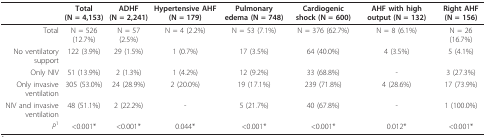
<table><thead><tr><td></td><td><b>Total (N = 4,153)</b></td><td><b>ADHF (N = 2,241)</b></td><td><b>Hypertensive AHF (N = 179)</b></td><td><b>Pulmonary edema (N = 748)</b></td><td><b>Cardiogenic shock (N = 600)</b></td><td><b>AHF with high output (N = 132)</b></td><td><b>Right AHF (N = 156)</b></td></tr></thead><tbody><tr><td>Total</td><td>N = 526 (12.7%)</td><td>N = 57 (2.5%)</td><td>N = 4 (2.2%)</td><td>N = 53 (7.1%)</td><td>N = 376 (62.7%)</td><td>N = 8 (6.1%)</td><td>N = 26 (16.7%)</td></tr><tr><td>No ventilatory support</td><td>122 (3.9%)</td><td>29 (1.5%)</td><td>1 (0.7%)</td><td>17 (3.5%)</td><td>64 (40.0%)</td><td>4 (3.5%)</td><td>5 (4.1%)</td></tr><tr><td>Only NIV</td><td>51 (13.9%)</td><td>2 (1.3%)</td><td>1 (4.2%)</td><td>12 (9.2%)</td><td>33 (68.8%)</td><td>-</td><td>3 (27.3%)</td></tr><tr><td>Only invasive ventilation</td><td>305 (53.0%)</td><td>24 (28.9%)</td><td>2 (20.0%)</td><td>19 (17.1%)</td><td>239 (71.8%)</td><td>4 (28.6%)</td><td>17 (73.9%)</td></tr><tr><td>NIV and invasive ventilation</td><td>48 (51.1%)</td><td>2 (22.2%)</td><td>-</td><td>5 (21.7%)</td><td>40 (67.8%)</td><td>-</td><td>1 (100.0%)</td></tr><tr><td><i>P</i><sup>1</sup></td><td>&lt;0.001*</td><td>&lt;0.001*</td><td>0.044*</td><td>&lt;0.001*</td><td>&lt;0.001*</td><td>0.012*</td><td>&lt;0.001*</td></tr></tbody></table>